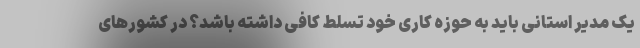
یک مدیر استانی باید به حوزه کاری خود تسلط کافی داشته باشد؟ در کشورهای